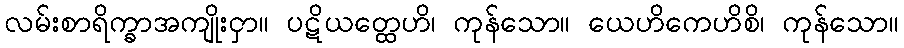
လမ်းစာရိက္ခာအကျိုးငှာ။ ပဋိယတ္ထေဟိ၊ ကုန်သော။ ယေဟိကေဟိစိ၊ ကုန်သော။